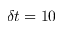
\delta t = 1 0